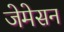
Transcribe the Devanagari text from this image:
जेमेसन